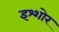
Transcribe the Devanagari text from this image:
इश्शोर